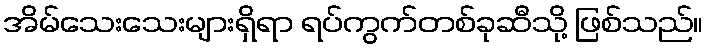
အိမ်သေးသေးများရှိရာ ရပ်ကွက်တစ်ခုဆီသို့ ဖြစ်သည်။